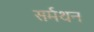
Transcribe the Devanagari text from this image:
सर्मथन